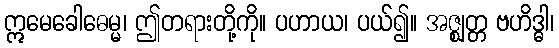
ဣမေခေါဓေမ္မ၊ ဤတရားတို့ကို။ ပဟာယ၊ ပယ်၍။ အဇ္ဈတ္တ ဗဟိဒ္ဓါ၊